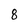
Character: 8